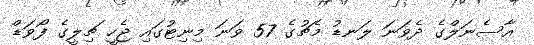
އާސެނަލްގެ ދެވަނަ ލަނޑު މެޗުގެ 57 ވަނަ މިނިޓުގައި ޖެހީ ޗިލީގެ ފޯވަޑް